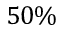
5 0 \%